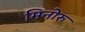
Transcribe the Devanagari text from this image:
मिनोरु